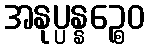
အနုပ္ပန္နဉ္စေဝ